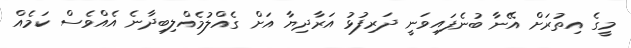
މީގެ އިތުރަށް އޭނާ ބުނެފައިވަނީ ދަރިފުޅު އަރާދިޔާ އަށް ގެއްލުމެއްލިބިދާނެ އެއްވެސް ކަމެއް